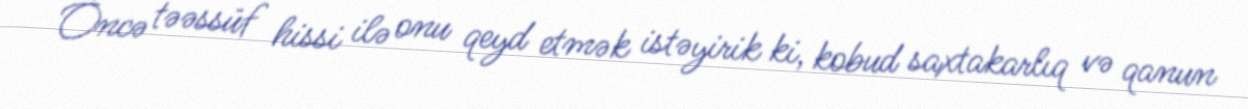
Öncə təəssüf hissi ilə onu qeyd etmək istəyirik ki, kobud saxtakarlıq və qanun